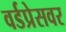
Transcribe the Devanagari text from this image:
वर्डप्रेसवर